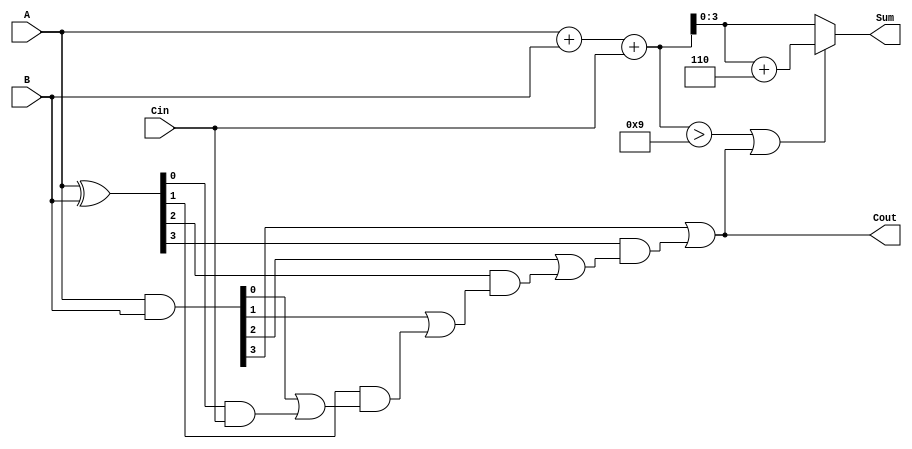
module BCD_Carry_Lookahead_Adder (
    input [3:0] A,      // First BCD digit
    input [3:0] B,      // Second BCD digit
    input Cin,          // Carry input
    output [3:0] Sum,   // BCD Sum output
    output Cout         // Carry output
);

    // Internal signals
    wire [4:0] Sum_temp; // Temporary sum (5 bits to accommodate carry)
    wire [3:0] G;        // Generate signals
    wire [3:0] P;        // Propagate signals
    wire C1, C2, C3;     // Carry signals

    // Calculate initial sum
    assign Sum_temp = A + B + Cin;

    // Generate and Propagate signals
    assign G = A & B;             // Generate signals
    assign P = A ^ B;             // Propagate signals

    // Carry lookahead logic
    assign C1 = G[0] | (P[0] & Cin);
    assign C2 = G[1] | (P[1] & C1);
    assign C3 = G[2] | (P[2] & C2);
    assign Cout = G[3] | (P[3] & C3); // Final carry out

    // BCD correction logic
    wire [4:0] corrected_sum;
    assign corrected_sum = (Sum_temp > 9 || Cout) ? (Sum_temp + 5'd6) : Sum_temp;

    // Final BCD sum output (4 bits)
    assign Sum = corrected_sum[3:0];

endmodule